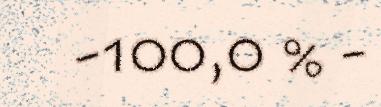
-100,0 % -